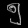
Digit: ၅